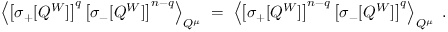
\left\langle \left[ \sigma _ { + } [ Q ^ { W } ] \right] ^ { q } \left[ \sigma _ { - } [ Q ^ { W } ] \right] ^ { n - q } \right\rangle _ { Q ^ { \mu } } \; = \; \left\langle \left[ \sigma _ { + } [ Q ^ { W } ] \right] ^ { n - q } \left[ \sigma _ { - } [ Q ^ { W } ] \right] ^ { q } \right\rangle _ { Q ^ { \mu } } \; .